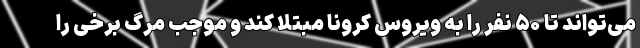
می‌تواند تا ۵۰ نفر را به ویروس کرونا مبتلا کند و موجب مرگ برخی را